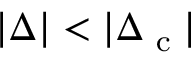
| \Delta | < | \Delta _ { \textrm { c } } |